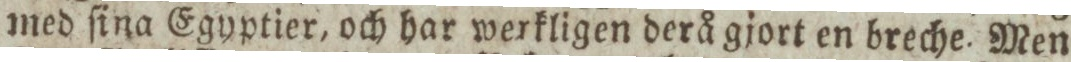
med ſina Egyptier, och har werkligen derå gjort en breche. Men